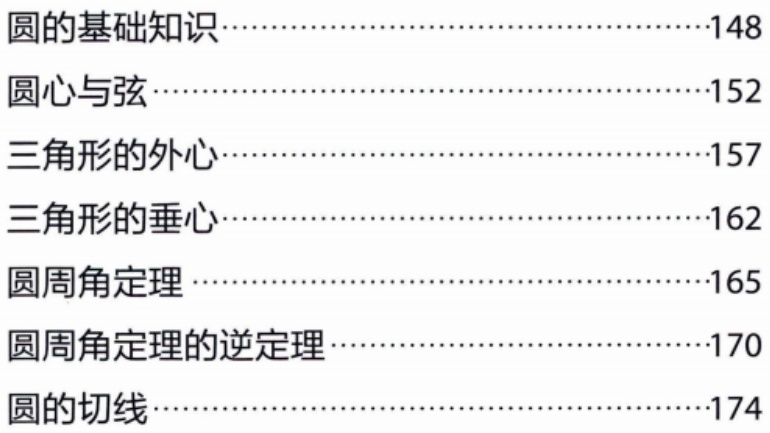
圆的基础知识...........................................148

圆心与弦...............................................152

三角形的外心...........................................157

三角形的垂心...........................................162

圆周角定理...........................................165

圆周角定理的逆定理.....................................170

圆的切线...............................................174